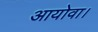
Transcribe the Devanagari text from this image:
आयोवा।